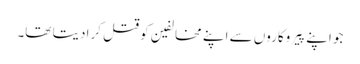
جو اپنے پَیروکاروں سے اپنے مخالفین کو قتل کرا دیتا تھا۔